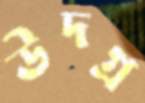
উদগ্র